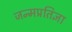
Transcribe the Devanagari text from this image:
जन्मप्रतिज्ञा